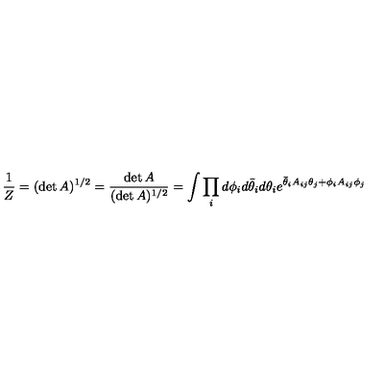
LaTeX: \frac { 1 } { Z } = ( \det A ) ^ { 1 / 2 } = \frac { \det A } { ( \det A ) ^ { 1 / 2 } } = \int \prod _ { i } d \phi _ { i } d \bar { \theta } _ { i } d \theta _ { i } e ^ { \bar { \theta } _ { i } A _ { i j } \theta _ { j } + \phi _ { i } A _ { i j } \phi _ { j } }